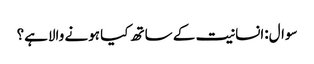
سوال:انسانیت کے ساتھ کیا ہونے والاہے؟